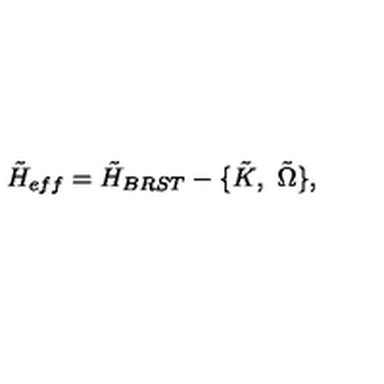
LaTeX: { \tilde { H } } _ { e f f } = { \tilde { H } } _ { B R S T } - \{ \tilde { K } , \ \tilde { \Omega } \} ,